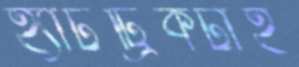
হ্যাটট্রিকটাই